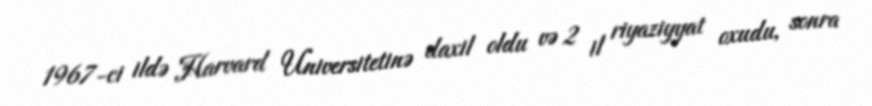
1967-ci ildə Harvard Universitetinə daxil oldu və 2 il riyaziyyat oxudu, sonra